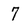
Character: 7